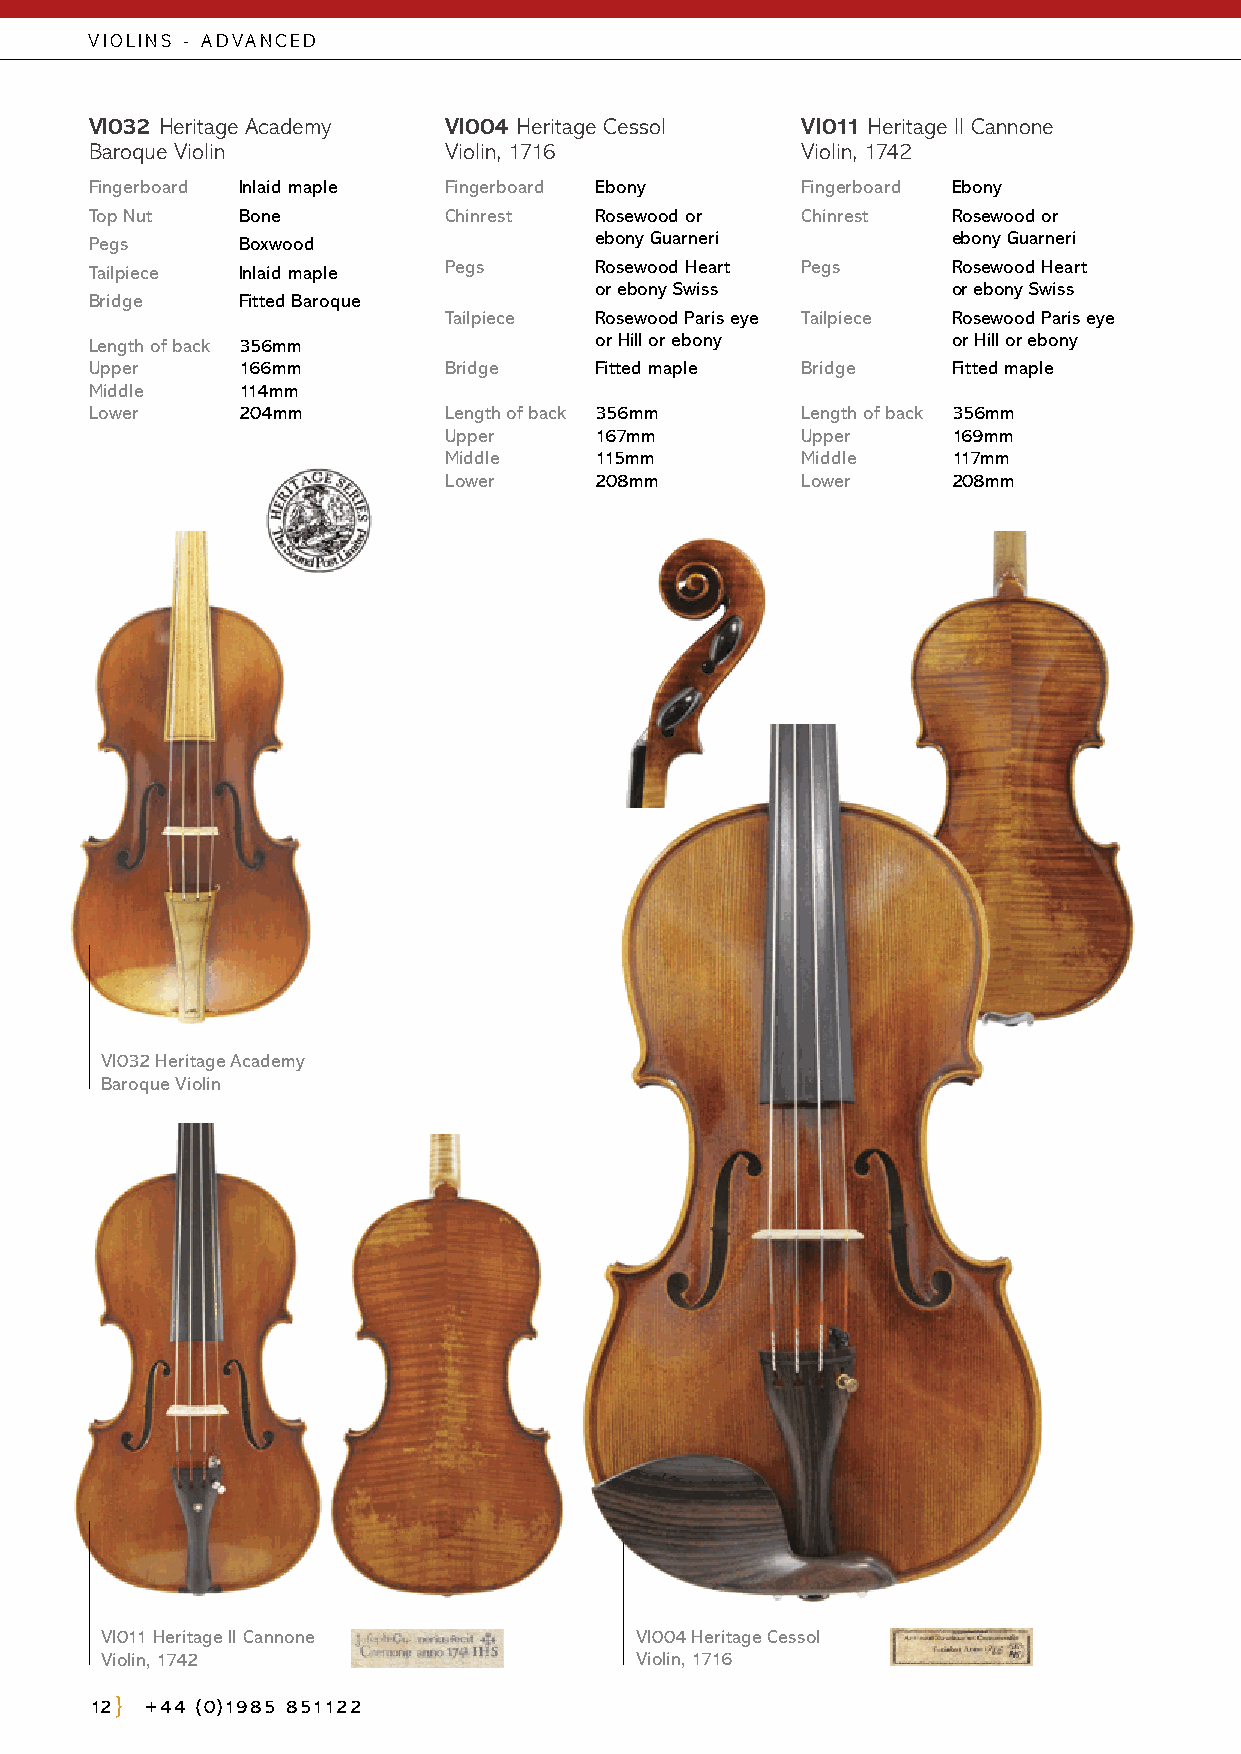
VIOLINS - ADVANCED
 VI032 Heritage Academy VI004 Heritage Cessol   VI011 Heritage Il Cannone
 Baroque Violin         Violin, 1716            Violin, 1742
 Fingerboard Inlaid maple Fingerboard Ebony     Fingerboard Ebony
 Top Nut   Bone         Chinrest  Rosewood or   Chinrest  Rosewood or
 Pegs      Boxwood                ebony Guarneri          ebony Guarneri
 Tailpiece Inlaid maple Pegs      Rosewood Heart Pegs     Rosewood Heart
 or ebony Swiss          or ebony Swiss
 Bridge    Fitted Baroque
 Tailpiece Rosewood Paris eye Tailpiece Rosewood Paris eye
 Length of back 356mm             or Hill or ebony        or Hill or ebony
 Upper     166mm        Bridge    Fitted maple  Bridge    Fitted maple
 Middle    114mm
 Lower     204mm        Length of back 356mm    Length of back 356mm
 Upper     167mm         Upper     169mm
 Middle    115mm         Middle    117mm
 Lower     208mm         Lower     208mm
 VI032 Heritage Academy
 Baroque Violin
 VI011 Heritage Il Cannone          VI004 Heritage Cessol
 Violin, 1742                       Violin, 1716
 12  +44 (0)1985 851122